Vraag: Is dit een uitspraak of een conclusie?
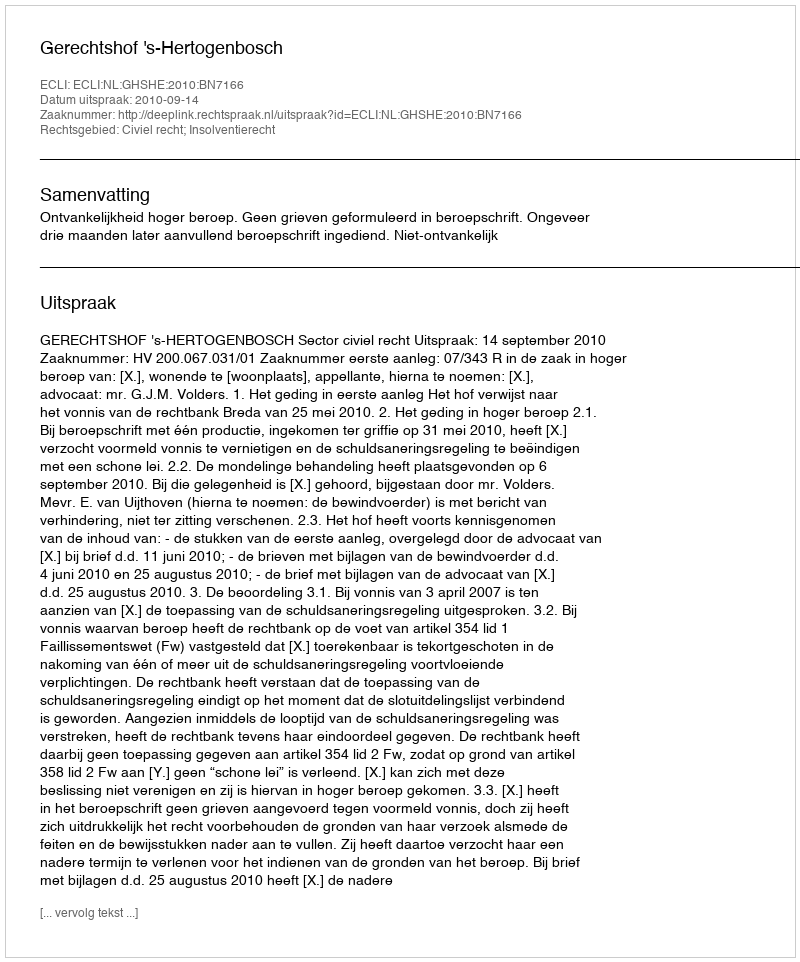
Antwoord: Uitspraak